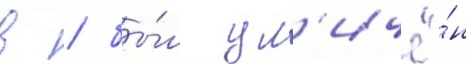
в / бы́л ул'ичё́н